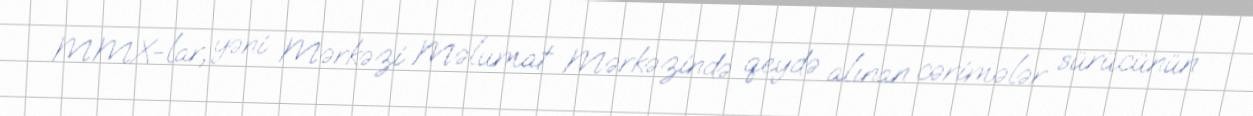
MMX-lar, yəni Mərkəzi Məlumat Mərkəzində qeydə alınan cərimələr sürücünün